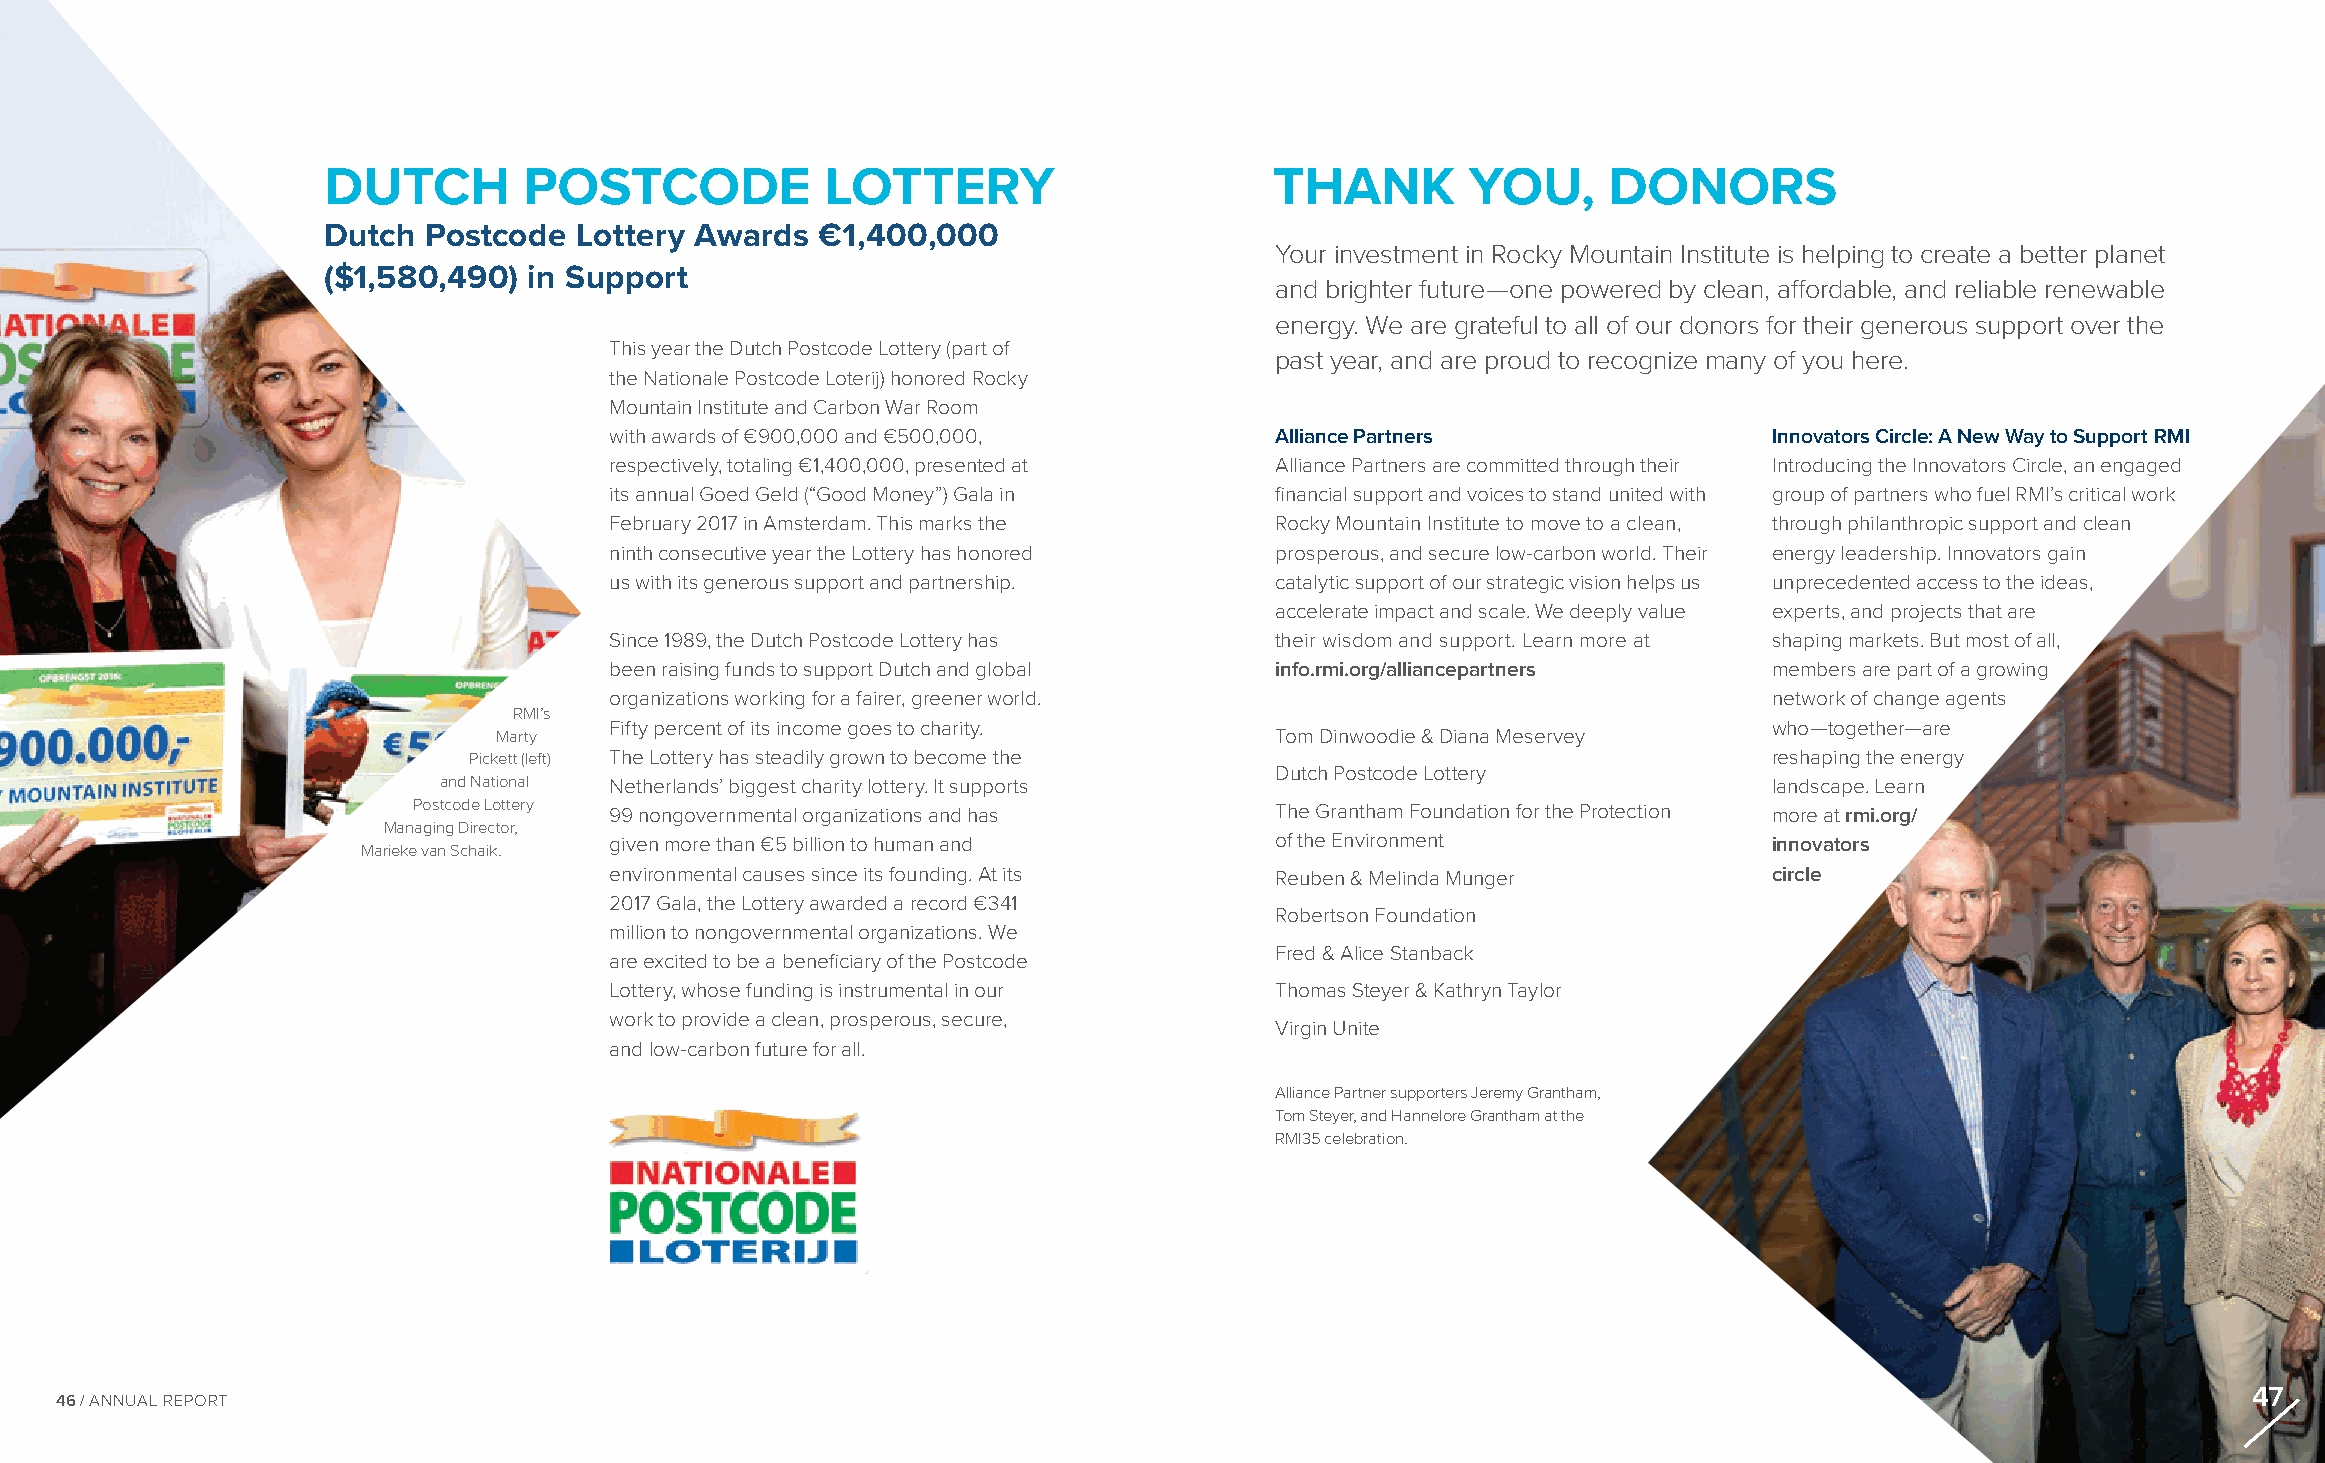
DUTCH         POSTCODE            LOTTERY                      THANK        YOU,      DONORS
 Dutch  Postcode  Lottery Awards  €1,400,000
 Your investment in Rocky Mountain Institute is helping to create a better planet
 ($1,580,490)  in Support
 and brighter future—one powered by clean, affordable, and reliable renewable
 energy. We are grateful to all of our donors for their generous support over the
 This year the Dutch Postcode Lottery (part of
 past year, and are proud to recognize many of you here.
 the Nationale Postcode Loterij) honored Rocky
 Mountain Institute and Carbon War Room
 with awards of €900,000 and €500,000,       Alliance Partners                Innovators Circle: A New Way to Support RMI
 respectively, totaling €1,400,000, presented at Alliance Partners are committed through their Introducing the Innovators Circle, an engaged
 its annual Goed Geld (“Good Money”) Gala in financial support and voices to stand united with group of partners who fuel RMI’s critical work
 February 2017 in Amsterdam. This marks the  Rocky Mountain Institute to move to a clean, through philanthropic support and clean
 ninth consecutive year the Lottery has honored prosperous, and secure low-carbon world. Their energy leadership. Innovators gain
 us with its generous support and partnership. catalytic support of our strategic vision helps us unprecedented access to the ideas,
 accelerate impact and scale. We deeply value experts, and projects that are
 Since 1989, the Dutch Postcode Lottery has  their wisdom and support. Learn more at shaping markets. But most of all,
 been raising funds to support Dutch and global info.rmi.org/alliancepartners members are part of a growing
 organizations working for a fairer, greener world.                           network of change agents
 RMI’s
 Fifty percent of its income goes to charity.                                 who—together—are
 Marty                                              Tom Dinwoodie & Diana Meservey
 Pickett (left) The Lottery has steadily grown to become the                           reshaping the energy
 Dutch Postcode Lottery
 and National Netherlands’ biggest charity lottery. It supports                          landscape. Learn
 Postcode Lottery 99 nongovernmental organizations and has The Grantham Foundation for the Protection more at rmi.org/
 Managing Director,
 given more than €5 billion to human and     of the Environment               innovators
 Marieke van Schaik.
 environmental causes since its founding. At its Reuben & Melinda Munger      circle
 2017 Gala, the Lottery awarded a record €341
 Robertson Foundation
 million to nongovernmental organizations. We
 Fred & Alice Stanback
 are excited to be a beneficiary of the Postcode
 Lottery, whose funding is instrumental in our Thomas Steyer & Kathryn Taylor
 work to provide a clean, prosperous, secure,
 Virgin Unite
 and low-carbon future for all.
 Alliance Partner supporters Jeremy Grantham,
 Tom Steyer, and Hannelore Grantham at the
 RMI35 celebration.
 47
 46 / ANNUAL REPORT